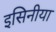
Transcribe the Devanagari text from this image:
इसिनीया